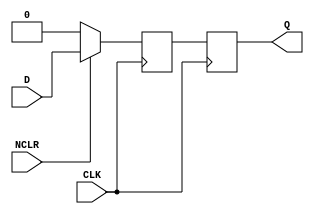
module FF (input NCLR, input CLK, input D, output Q);

    integer cont_ff = 0;
    reg Q_int, Q;

    always @ ( posedge CLK ) begin
      if (NCLR == 1'b1) begin
        Q_int <= D;
      end else begin
        Q_int <= 1'b0;
      end
      #48 Q = Q_int;
    end

    //Se consume energía en las transiciones de 0 a 1 de la salida
    always @ ( posedge Q ) begin
      cont_ff = cont_ff +1;
    end

  endmodule